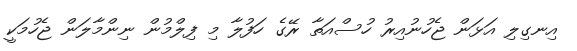
އިނގިލި އަޅަން ޖެހުނުއިރު ހުސްއަތާ ރޭގެ ހަފުލާ މި ފިލްމުން ނިންމާލަން ޖެހުމަކީ